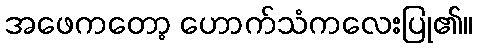
အဖေကတော့ ဟောက်သံကလေးပြု၏။